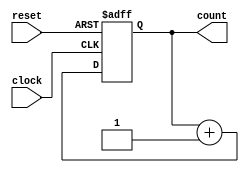
`timescale 1ns / 1ps
//////////////////////////////////////////////////////////////////////////////////
// Company: 
// Engineer: 
// 
// Design Name: 
// Module Name:    score_counter 
// Project Name: 
// Target Devices: 
// Tool versions: 
// Description: 
//
// Dependencies: 
//
// Revision: 
// Revision 0.01 - File Created
// Additional Comments: 
//
//////////////////////////////////////////////////////////////////////////////////
module scoreCounter(
		input clock,
		input reset,
		//input amt,
		output reg [7:0] count
    );

always @ (posedge clock or posedge reset)
begin
		// Reset the counter
		if (reset)
		begin
			count <= 8'b0;
		end
		// Count up by amt
		else
		begin
			count <= (count + 1'b1);
		end
end
endmodule